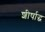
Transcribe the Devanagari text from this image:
शीर्षाद्ध